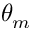
\theta _ { m }